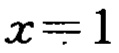
\(x = 1\)